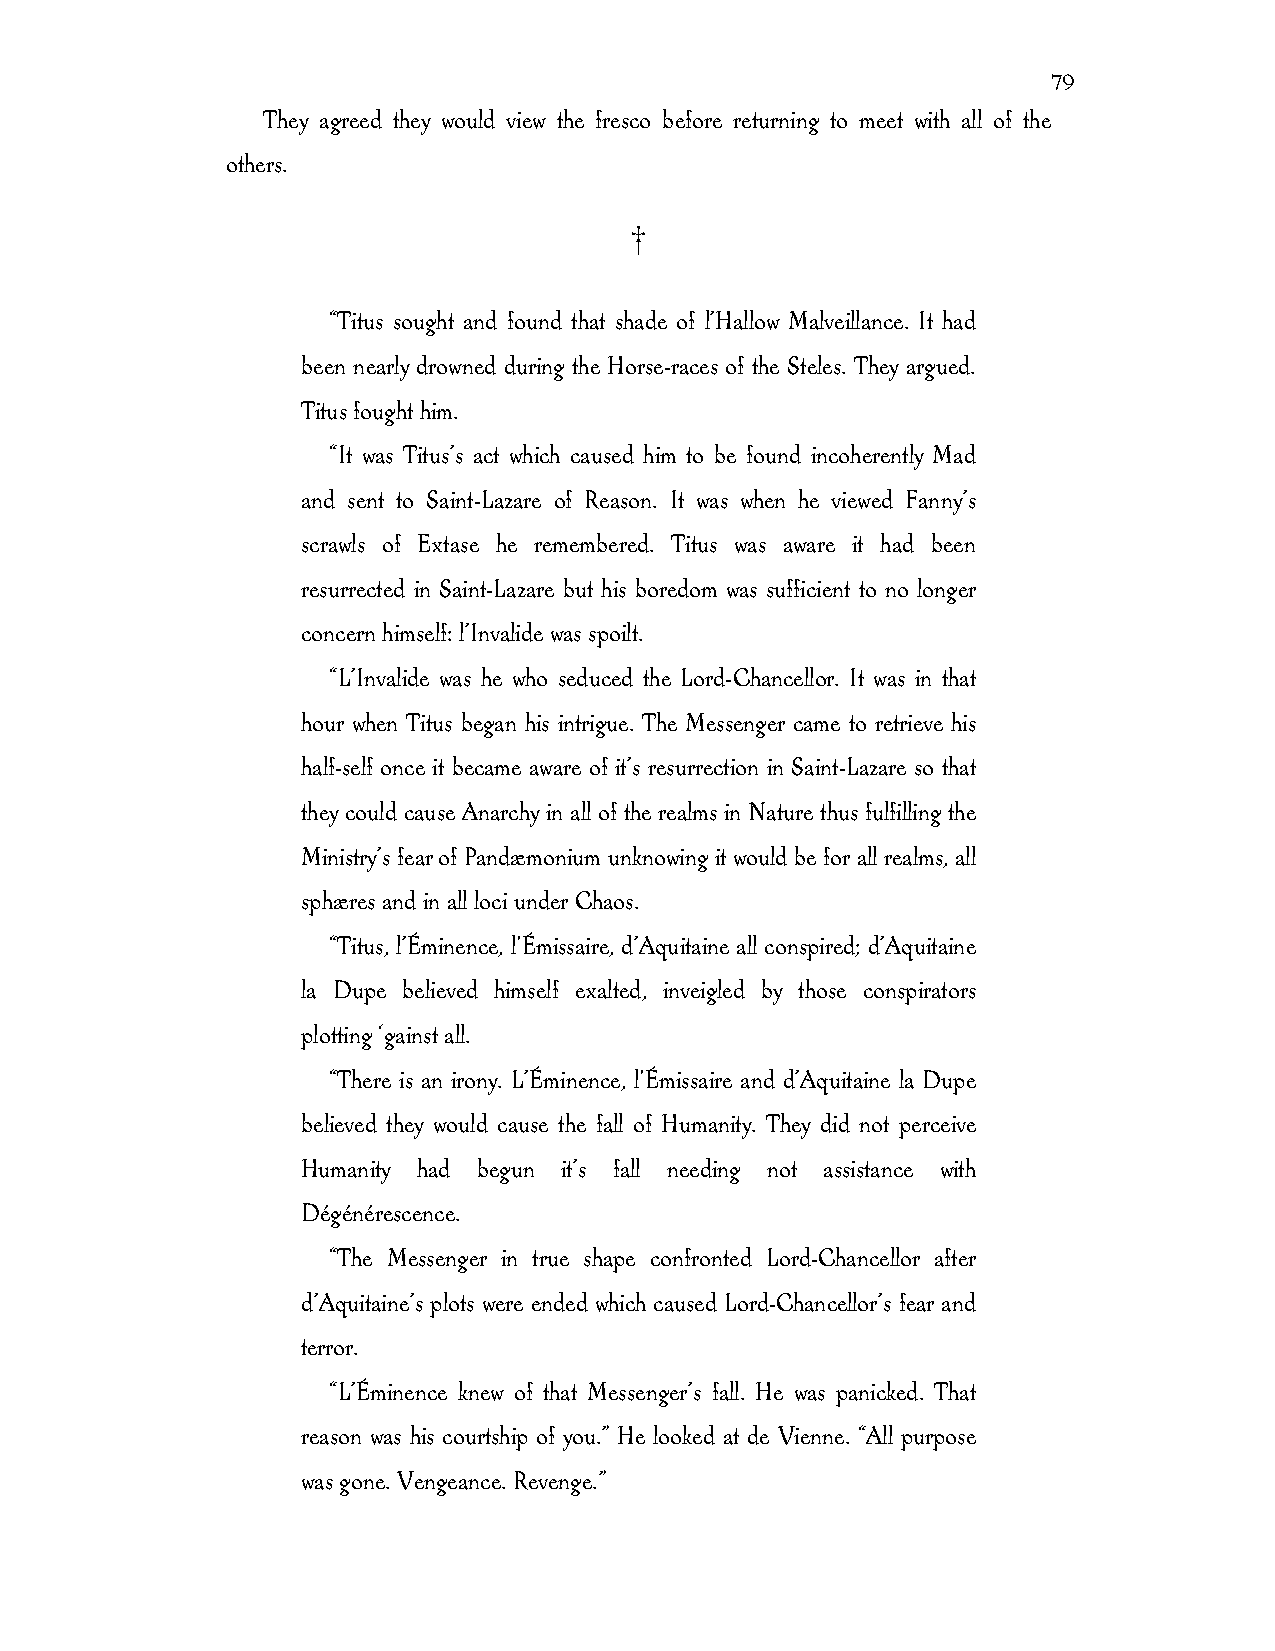
79
 They agreed they would view the fresco before returning to meet with all of the
 others.
 †
 “Titus sought and found that shade of l’Hallow Malveillance. It had
 been nearly drowned during the Horse-races of the Steles. They argued.
 Titus fought him.
 “It was Titus’s act which caused him to be found incoherently Mad
 and sent to Saint-Lazare of Reason. It was when he viewed Fanny’s
 scrawls of Extase he remembered. Titus was aware it had been
 resurrected in Saint-Lazare but his boredom was sufficient to no longer
 concern himself: l’Invalide was spoilt.
 “L’Invalide was he who seduced the Lord-Chancellor. It was in that
 hour when Titus began his intrigue. The Messenger came to retrieve his
 half-self once it became aware of it’s resurrection in Saint-Lazare so that
 they could cause Anarchy in all of the realms in Nature thus fulfilling the
 Ministry’s fear of Pandæmonium unknowing it would be for all realms, all
 sphæres and in all loci under Chaos.
 “Titus, l’Éminence, l'Émissaire, d’Aquitaine all conspired; d’Aquitaine
 la Dupe believed himself exalted, inveigled by those conspirators
 plotting ‘gainst all.
 “There is an irony. L’Éminence, l'Émissaire and d’Aquitaine la Dupe
 believed they would cause the fall of Humanity. They did not perceive
 Humanity had begun it’s fall needing not assistance with
 Dégénérescence.
 “The Messenger in true shape confronted Lord-Chancellor after
 d’Aquitaine’s plots were ended which caused Lord-Chancellor’s fear and
 terror.
 “L’Éminence knew of that Messenger’s fall. He was panicked. That
 reason was his courtship of you.” He looked at de Vienne. “All purpose
 was gone. Vengeance. Revenge.”